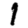
Digit: 1